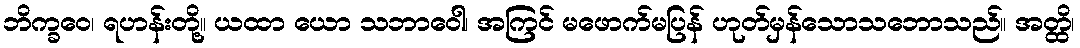
ဘိက္ခဝေ၊ ရဟန်းတို့။ ယထာ ယော သဘာဝေါ၊ အကြင် မဖောက်မပြန် ဟုတ်မှန်သောသဘောသည်။ အတ္ထိ၊